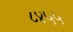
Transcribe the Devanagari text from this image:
८४५५